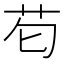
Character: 𮎠